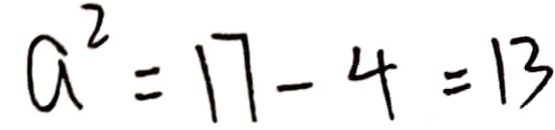
a ^ { 2 } = 1 7 - 4 = 1 3